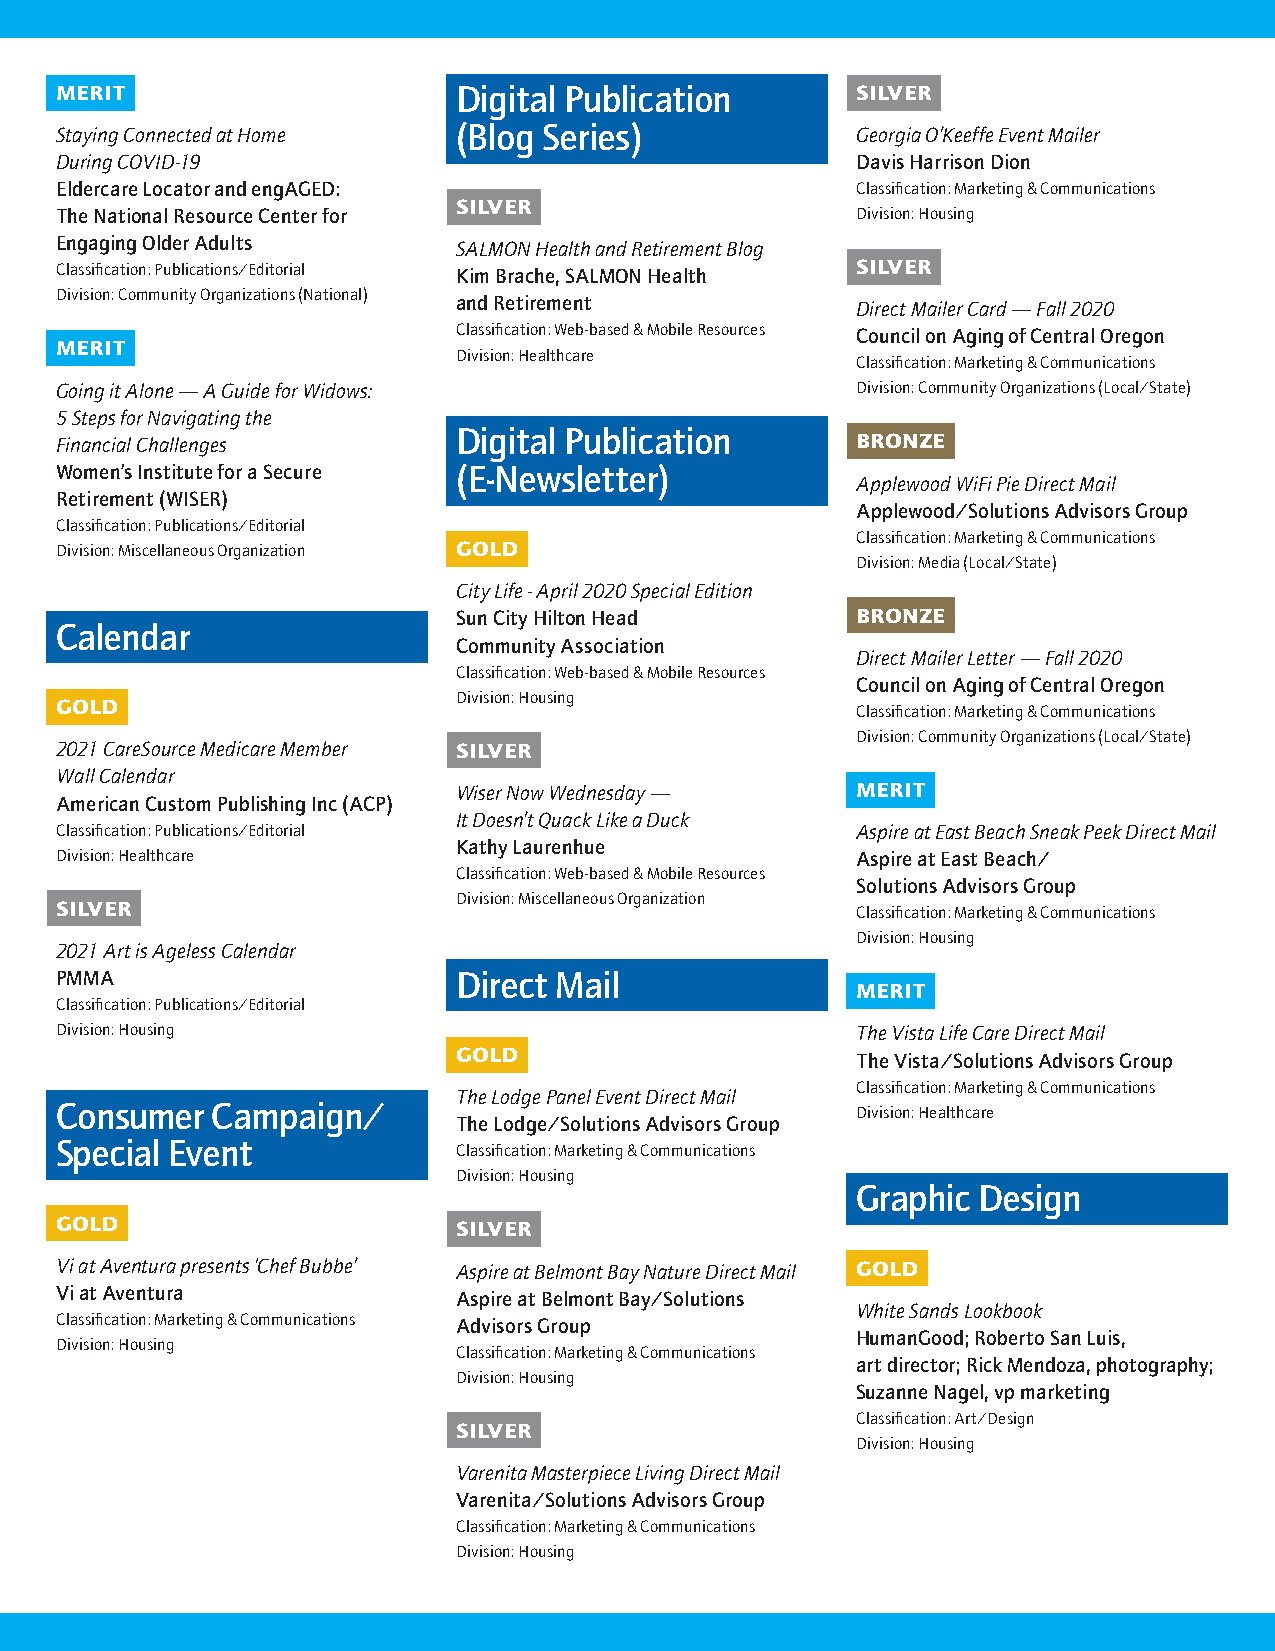
MERIT                     Digital Publication        SILVER
 Staying Connected at Home (Blog Series)              Georgia O’Keeffe Event Mailer
 During COVID-19                                      Davis Harrison Dion
 Eldercare Locator and engAGED:                       Classification: Marketing & Communications
 SILVER
 The National Resource Center for                     Division: Housing
 Engaging Older Adults     SALMON Health and Retirement Blog
 Classification: Publications/Editorial Kim Brache, SALMON Health SILVER
 Division: Community Organizations (National)
 and Retirement             Direct Mailer Card — Fall 2020
 Classification: Web-based & Mobile Resources Council on Aging of Central Oregon
 MERIT
 Division: Healthcare
 Classification: Marketing & Communications
 Going it Alone — A Guide for Widows:                 Division: Community Organizations (Local/State)
 5 Steps for Navigating the
 Digital Publication
 Financial Challenges                                 BRONZE
 Women’s Institute for a Secure (E-Newsletter)
 Applewood WiFi Pie Direct Mail
 Retirement (WISER)
 Applewood/Solutions Advisors Group
 Classification: Publications/Editorial
 Classification: Marketing & Communications
 Division: Miscellaneous Organization GOLD
 Division: Media (Local/State)
 City Life - April 2020 Special Edition
 Sun City Hilton Head       BRONZE
 Calendar
 Community Association
 Direct Mailer Letter — Fall 2020
 Classification: Web-based & Mobile Resources
 Council on Aging of Central Oregon
 Division: Housing
 GOLD                                                 Classification: Marketing & Communications
 Division: Community Organizations (Local/State)
 2021 CareSource Medicare Member SILVER
 Wall Calendar
 Wiser Now Wednesday —      MERIT
 American Custom Publishing Inc (ACP)
 It Doesn’t Quack Like a Duck
 Classification: Publications/Editorial               Aspire at East Beach Sneak Peek Direct Mail
 Kathy Laurenhue
 Division: Healthcare                                 Aspire at East Beach/
 Classification: Web-based & Mobile Resources
 Solutions Advisors Group
 Division: Miscellaneous Organization
 SILVER                                               Classification: Marketing & Communications
 Division: Housing
 2021 Art is Ageless Calendar
 PMMA                      Direct Mail
 MERIT
 Classification: Publications/Editorial
 Division: Housing                                    The Vista Life Care Direct Mail
 GOLD                       The Vista/Solutions Advisors Group
 Classification: Marketing & Communications
 The Lodge Panel Event Direct Mail
 Consumer  Campaign/                                  Division: Healthcare
 The Lodge/Solutions Advisors Group
 Special Event
 Classification: Marketing & Communications
 Division: Housing
 Graphic Design
 GOLD                      SILVER
 Vi at Aventura presents ‘Chef Bubbe’ Aspire at Belmont Bay Nature Direct Mail GOLD
 Vi at Aventura            Aspire at Belmont Bay/Solutions
 White Sands Lookbook
 Classification: Marketing & Communications Advisors Group
 HumanGood; Roberto San Luis,
 Division: Housing
 Classification: Marketing & Communications
 art director; Rick Mendoza, photography;
 Division: Housing
 Suzanne Nagel, vp marketing
 Classification: Art/Design
 SILVER
 Division: Housing
 Varenita Masterpiece Living Direct Mail
 Varenita/Solutions Advisors Group
 Classification: Marketing & Communications
 Division: Housing